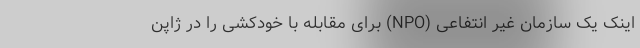
اینک یک سازمان غیر انتفاعی (NPO) برای مقابله با خودکشی را در ژاپن